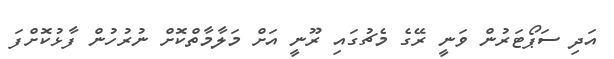
އަދި ސަޕޯޓަރުން ވަނީ ރޭގެ މެޗުގައި ރޫނީ އަށް މަލާމާތްކޮށް ނުރުހުން ފާޅުކޮށްފަ